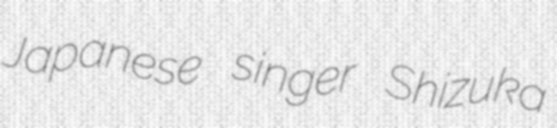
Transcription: Japanese singer Shizuka